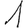
Digit: 1